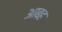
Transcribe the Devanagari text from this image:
आबह